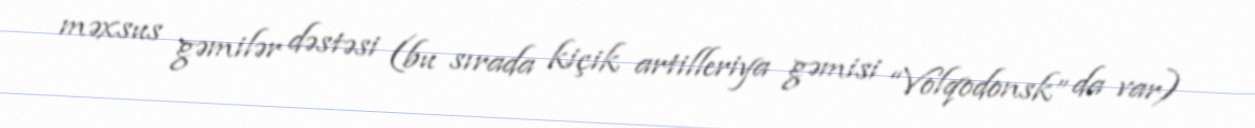
məxsus gəmilər dəstəsi (bu sırada kiçik artilleriya gəmisi “Volqodonsk” da var)